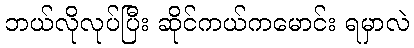
ဘယ်လိုလုပ်ပြီး ဆိုင်ကယ်ကမောင်း ရမှာလဲ